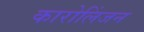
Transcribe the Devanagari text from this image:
कारोलिंजन